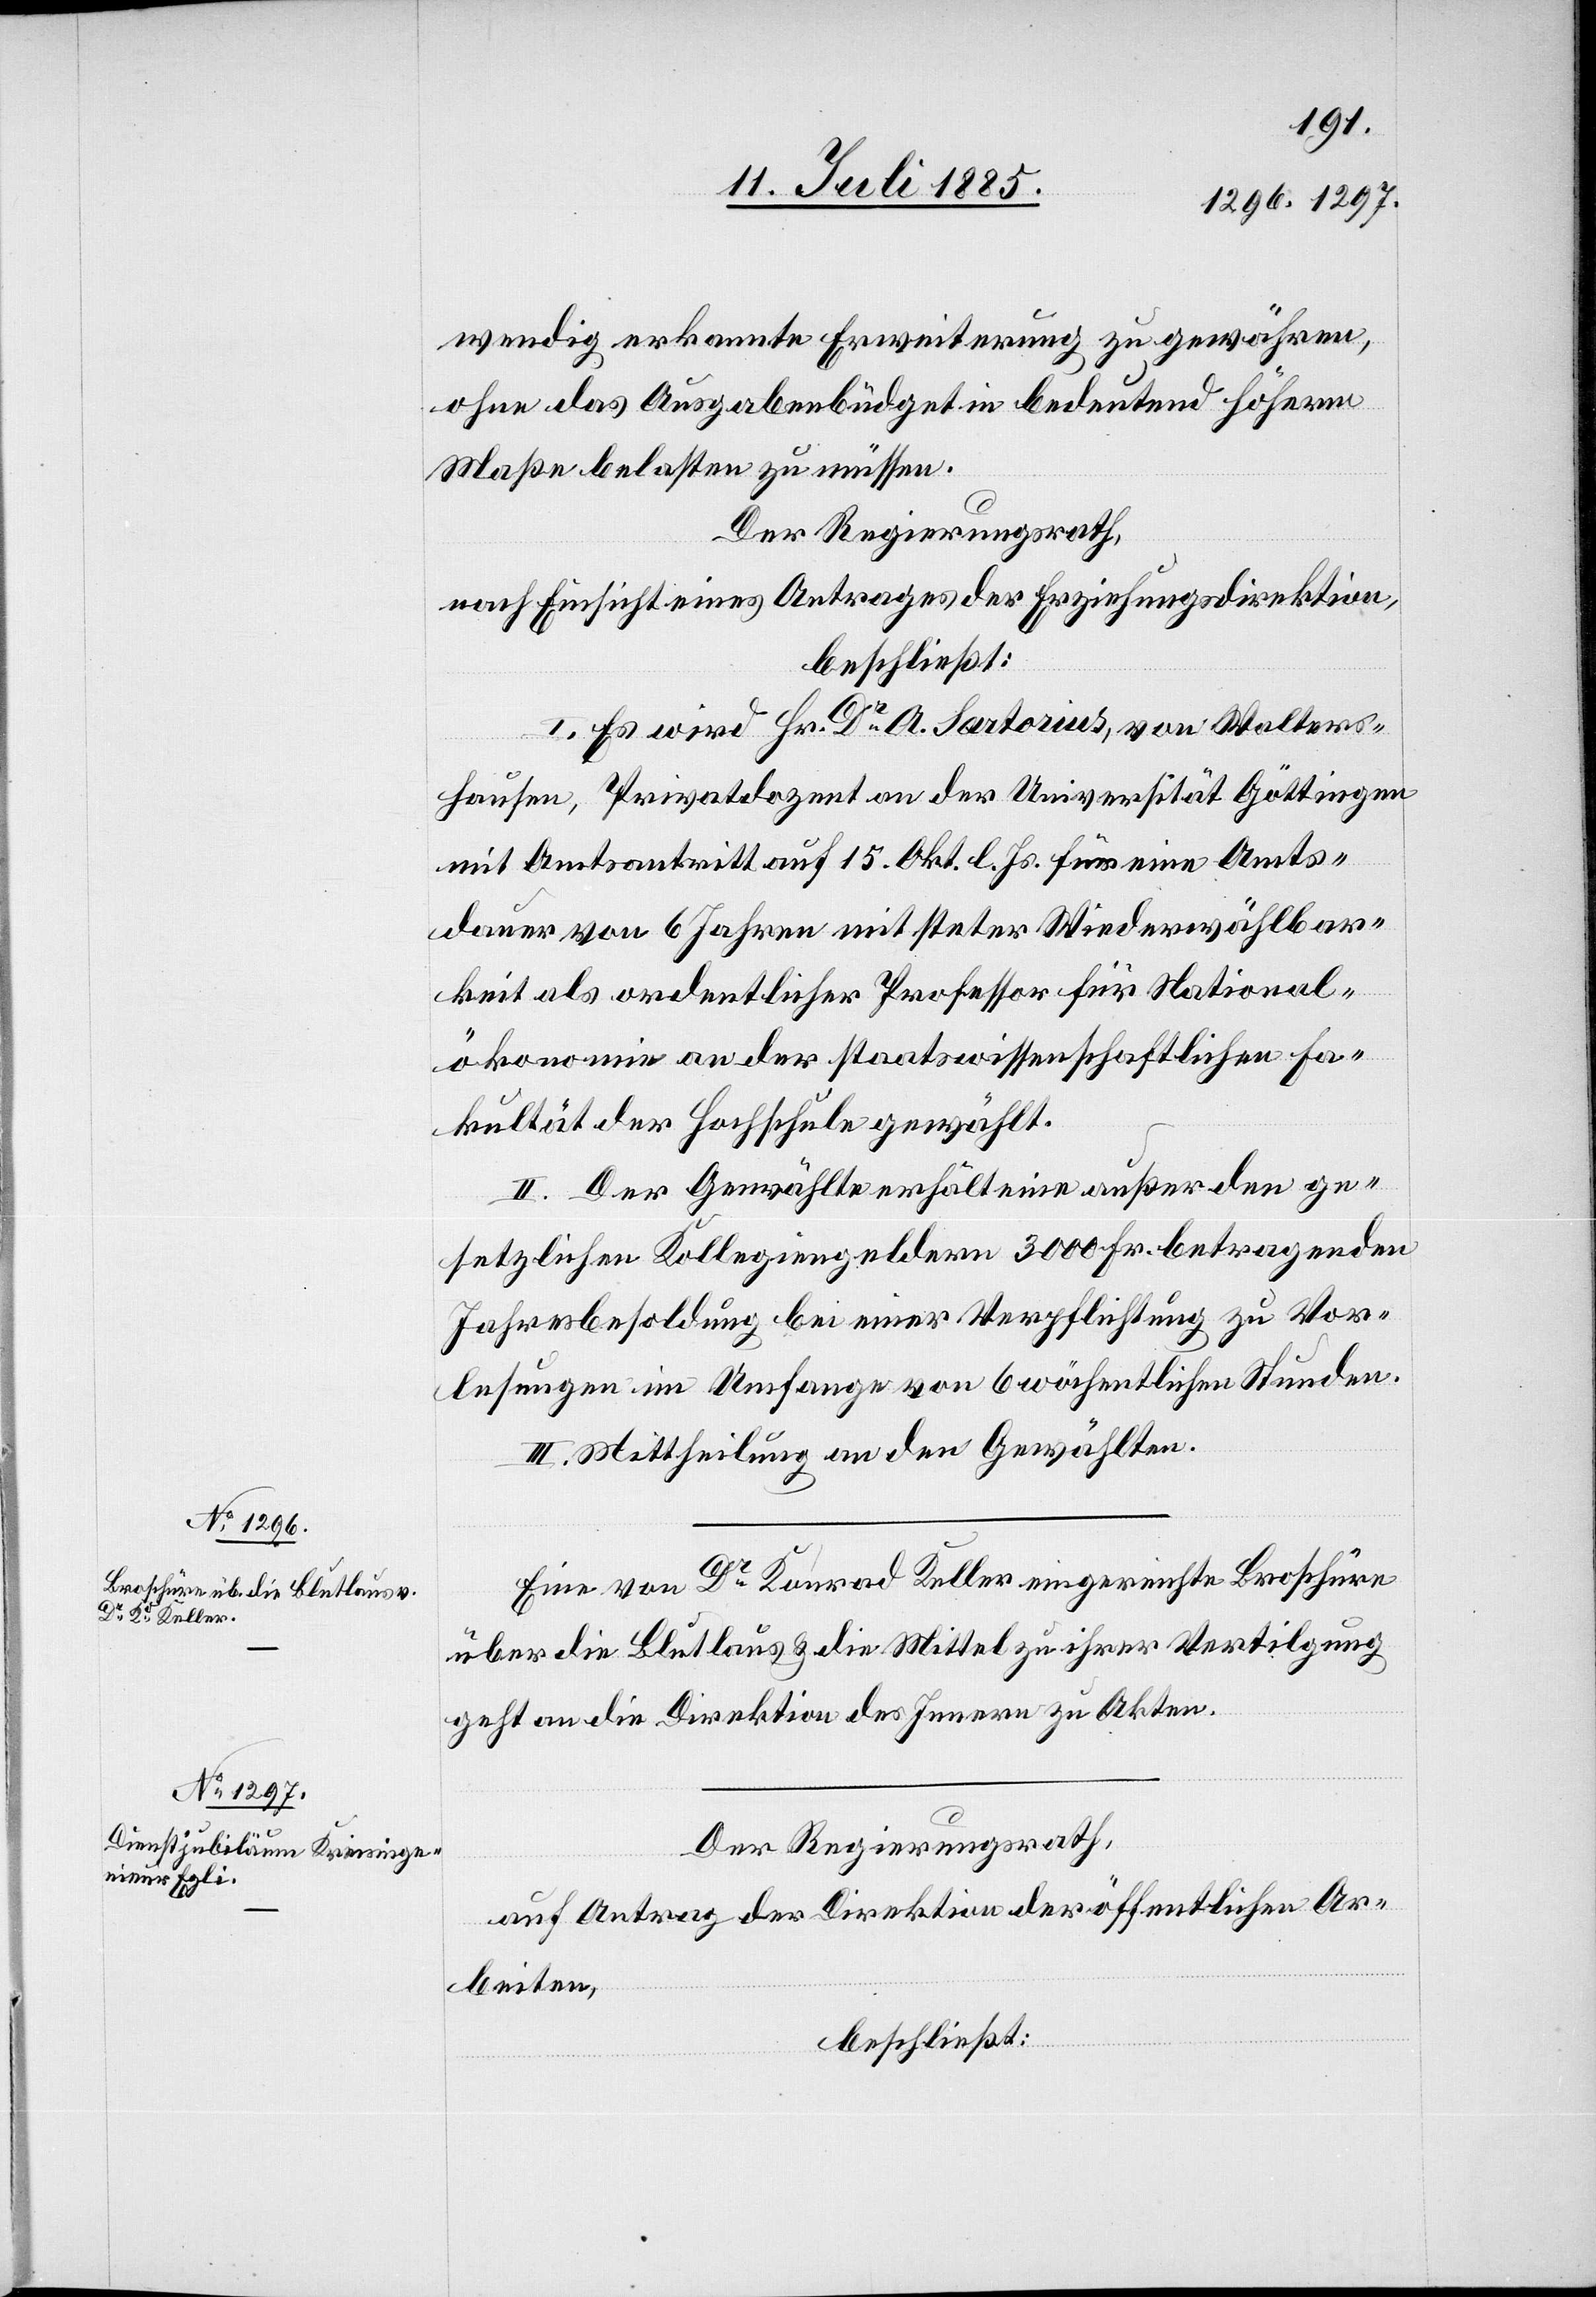
wendig erkannte Erweiterung zu gewähren,
ohne das Ausgabenbüdget in bedeutend höherm
Maße belasten zu müssen.
Der Regierungsrath,
nach Einsicht eines Antrages der Erziehungsdirektion,
beschließt:
I. Es wird Hr. Dr A. Sartorius, von Walters¬
hausen, Privatdozent an der Universität Göttingen
mit Amtsantritt auf 15. Okt. l. Js. für eine Amts¬
dauer von 6 Jahren mit steter Wiederwählbar¬
keit als ordentlicher Professor für National¬
ökonomie an der staatswissenschaftlichen Fa¬
kultät der Hochschule gewählt.
II. Der Gewählt erhält eine außer den ge¬
setzlichen Kollegiengeldern 3000 Fr. betragenden
Jahresbesoldung bei einer Verpflichtung zu Vor¬
lesungen im Umfange von 6 wöchentlichen Stunden.
III. Mittheilung an den Gewählten.
Eine von Dr Konrad Keller eingereichte Broschüre
über die Blutlaus & die Mittel zu ihrer Vertilgung
geht an die Direktion des Innern zu den Akten.
Der Regierungsrath,
auf Antrag der Direktion der öffentlichen Ar¬
beiten,
beschließt: